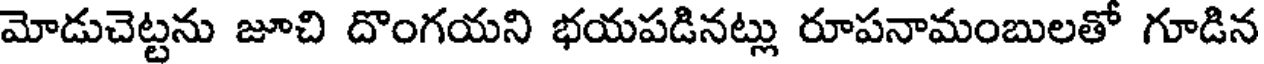
మోడుచెట్టను జూచి దొంగయని భయపడినట్లు రూపనామంబులతో గూడిన